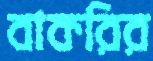
বাকরির